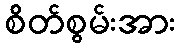
စိတ်စွမ်းအား